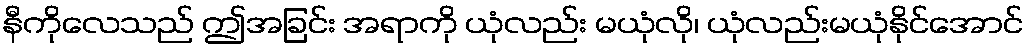
နီကိုလေသည် ဤအခြင်း အရာကို ယုံလည်း မယုံလို၊ ယုံလည်းမယုံနိုင်အောင်